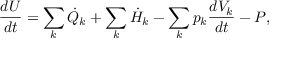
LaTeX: { \frac { d U } { d t } } = \sum _ { k } { \dot { Q } } _ { k } + \sum _ { k } { \dot { H } } _ { k } - \sum _ { k } p _ { k } { \frac { d V _ { k } } { d t } } - P ,